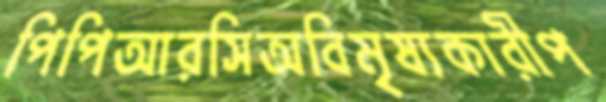
পিপিআরসিঅবিমৃষ্যকারীপ